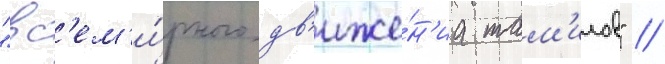
"вс'ем'и́рного дв'иже́н'иа там'илов" //